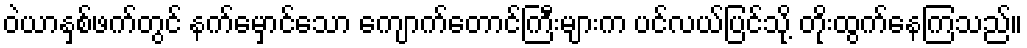
ဝဲယာနှစ်ဖက်တွင် နက်မှောင်သော ကျောက်တောင်ကြီးများက ပင်လယ်ပြင်သို့ တိုးထွက်နေကြသည်။